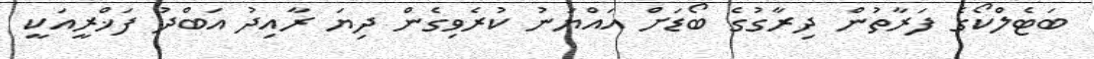
ބަޓެލްކޯގެ ފަރާތުން ދިރާގުގެ ބޯޑަށް އައްޔަނު ކުރެވިގެން ދިޔަ ރާއިދު އަބްދު ފަޚްރީއަކީ